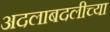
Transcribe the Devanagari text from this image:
अदलाबदलीच्या